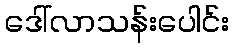
ဒေါ်လာသန်းပေါင်း